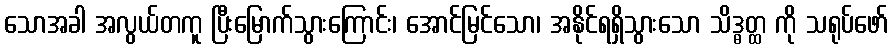
သောအခါ အလွယ်တကူ ပြီးမြောက်သွားကြောင်း၊ အောင်မြင်သော၊ အနိုင်ရရှိသွားသော သိဒ္ဓတ္ထ ကို သရုပ်ဖော်